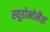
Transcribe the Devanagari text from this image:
स्यूडोमोनैस